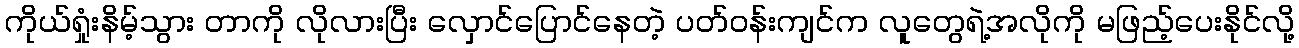
ကိုယ်ရှုံးနိမ့်သွား တာကို လိုလားပြီး လှောင်ပြောင်နေတဲ့ ပတ်ဝန်းကျင်က လူတွေရဲ့အလိုကို မဖြည့်ပေးနိုင်လို့